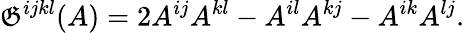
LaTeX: \mathfrak{G}^{ijkl}(A)=2A^{ij}A^{kl}-A^{il}A^{kj}-A^{ik}A^{lj}.